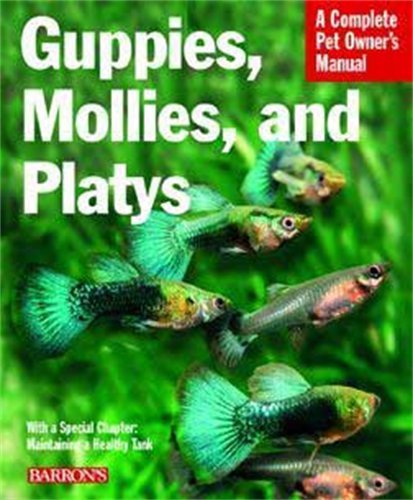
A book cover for Guppies, Mollies, and Platys (Complete Pet Owner's Manual); Harro Hieronimus; Crafts, Hobbies & Home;